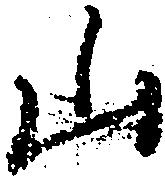
山